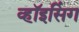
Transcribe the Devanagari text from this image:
व्हॉइसिंग